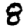
Digit: 8